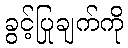
ခွင့်ပြုချက်ကို